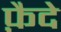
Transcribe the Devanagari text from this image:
फ़ैदे